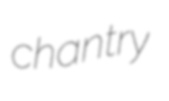
chantry